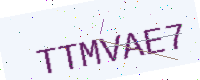
Text: TTMVAE7